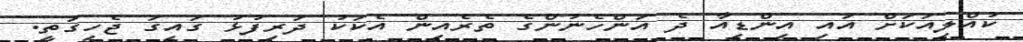
ކުއްލިއަކަށް އައި އިންޑިއާ ދެ އަންހެނުންގެ ތެރެއިން އެކަކު ދަރިފުޅު ގައިގަ ޖެހިގަތީ.